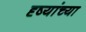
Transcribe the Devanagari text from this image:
दृष्यांच्या